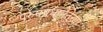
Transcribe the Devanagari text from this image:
पुरुषप्रधानतेच्या